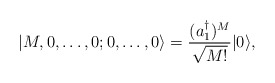
\begin{align*}|M,0,\ldots,0;0,\ldots,0\rangle= {(a_1^\dagger)^M\over\sqrt{M!}}|0\rangle, \end{align*}